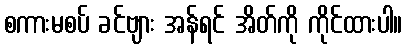
စကားမစပ် ခင်ဗျား အန်ရင် အိတ်ကို ကိုင်ထားပါ။